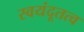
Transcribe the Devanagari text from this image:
स्वयंदूतत्व